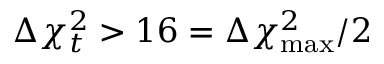
\Delta \chi _ { t } ^ { 2 } > 1 6 = \Delta \chi _ { \mathrm { m a x } } ^ { 2 } / 2